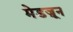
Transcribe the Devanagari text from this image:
मेडज़ून